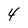
Character: 4